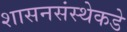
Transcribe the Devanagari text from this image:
शासनसंस्थेकडे